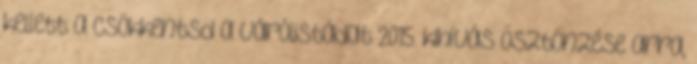
kellett a Csökkentsd a várólistádat 2015. kihívás ösztönzése arra,